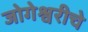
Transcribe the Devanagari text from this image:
जोगेश्वरीचे